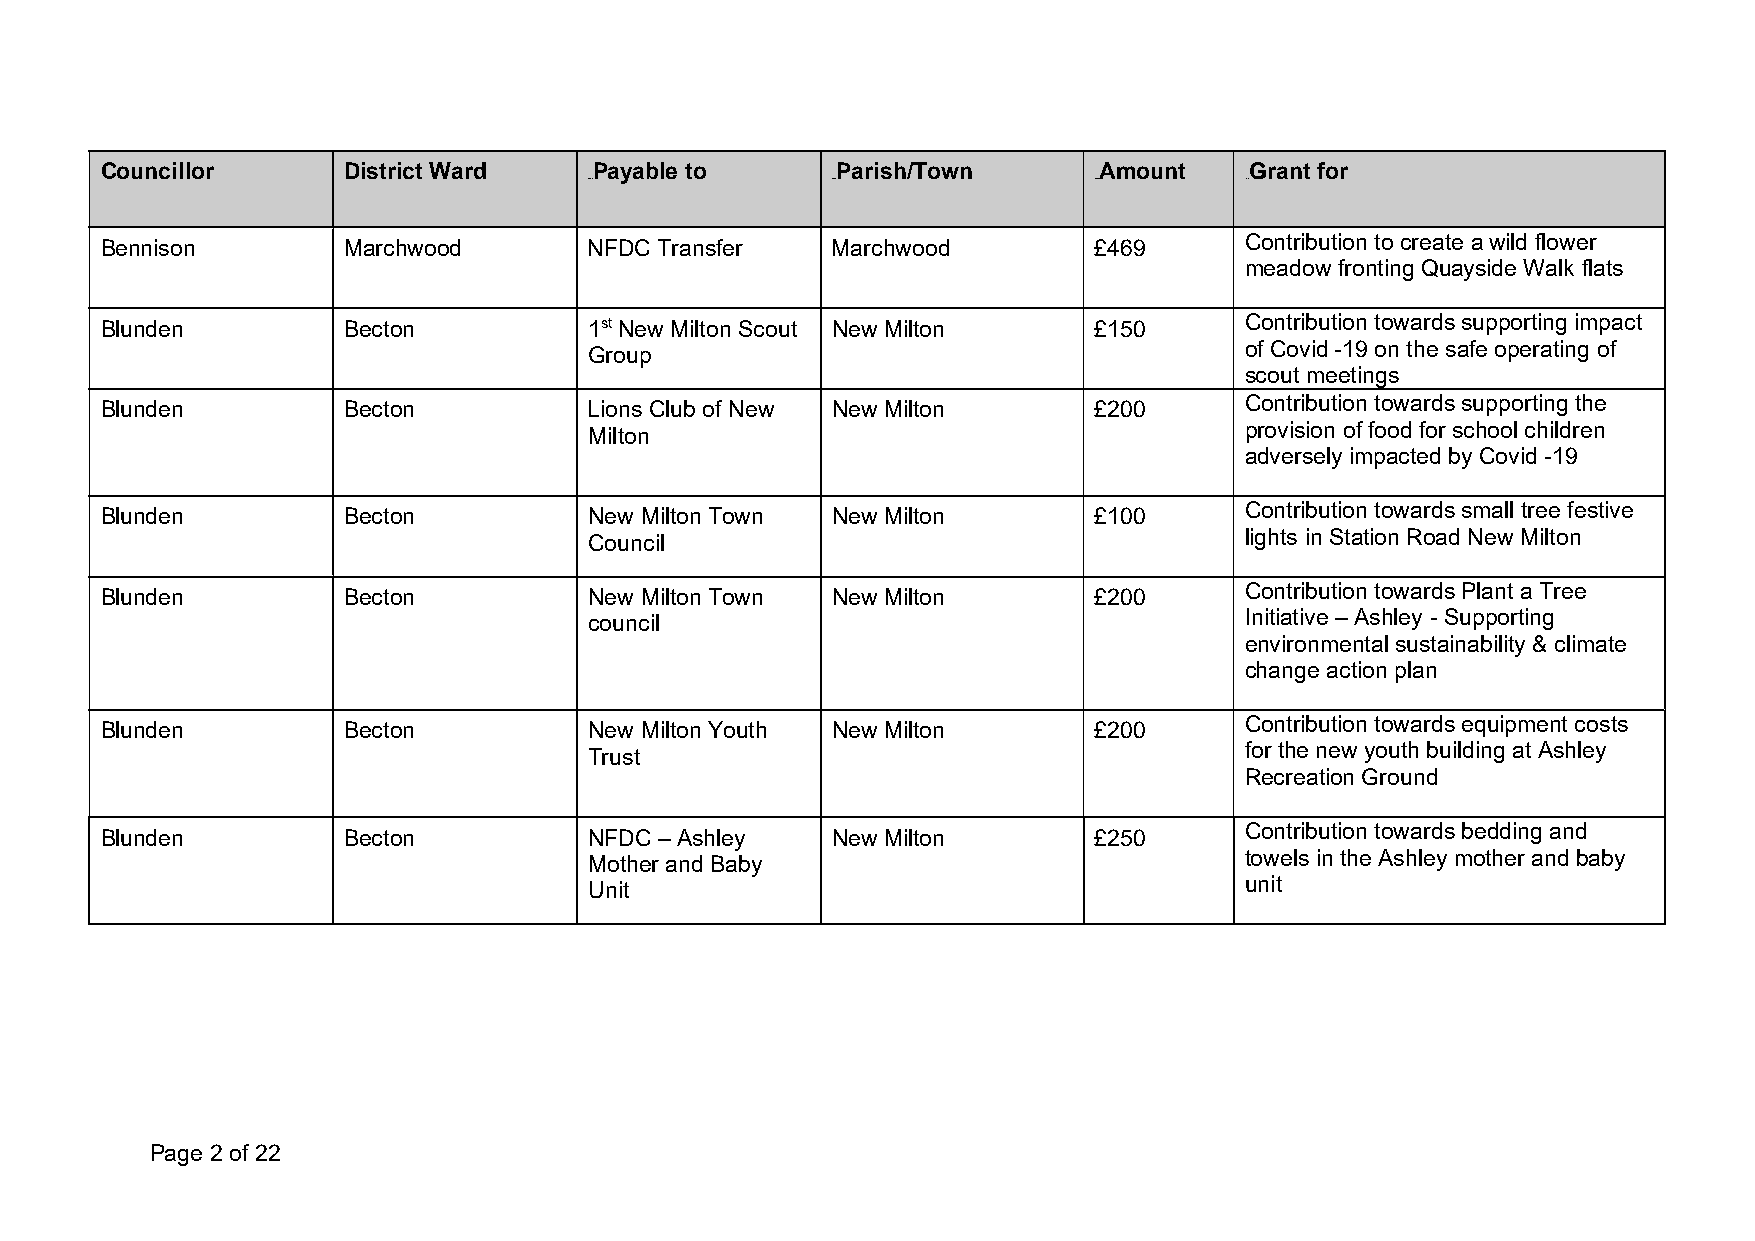
Councillor      District Ward   Payable to      Parish/Town       Amount    Grant for
 0B0B            1B1B             2B2B      3B3B
 Bennison        Marchwood       NFDC Transfer   Marchwood        £469      Contribution to create a wild flower
 meadow fronting Quayside Walk flats
 Blunden         Becton          1st New Milton Scout New Milton  £150      Contribution towards supporting impact
 Group                                      of Covid -19 on the safe operating of
 scout meetings
 Blunden         Becton          Lions Club of New New Milton     £200      Contribution towards supporting the
 Milton                                     provision of food for school children
 adversely impacted by Covid -19
 Blunden         Becton          New Milton Town New Milton       £100      Contribution towards small tree festive
 Council                                    lights in Station Road New Milton
 Blunden         Becton          New Milton Town New Milton       £200      Contribution towards Plant a Tree
 council                                    Initiative – Ashley - Supporting
 environmental sustainability & climate
 change action plan
 Blunden         Becton          New Milton Youth New Milton      £200      Contribution towards equipment costs
 Trust                                      for the new youth building at Ashley
 Recreation Ground
 Blunden         Becton          NFDC – Ashley   New Milton       £250      Contribution towards bedding and
 Mother and Baby                            towels in the Ashley mother and baby
 Unit                                       unit
 Page 2 of 22